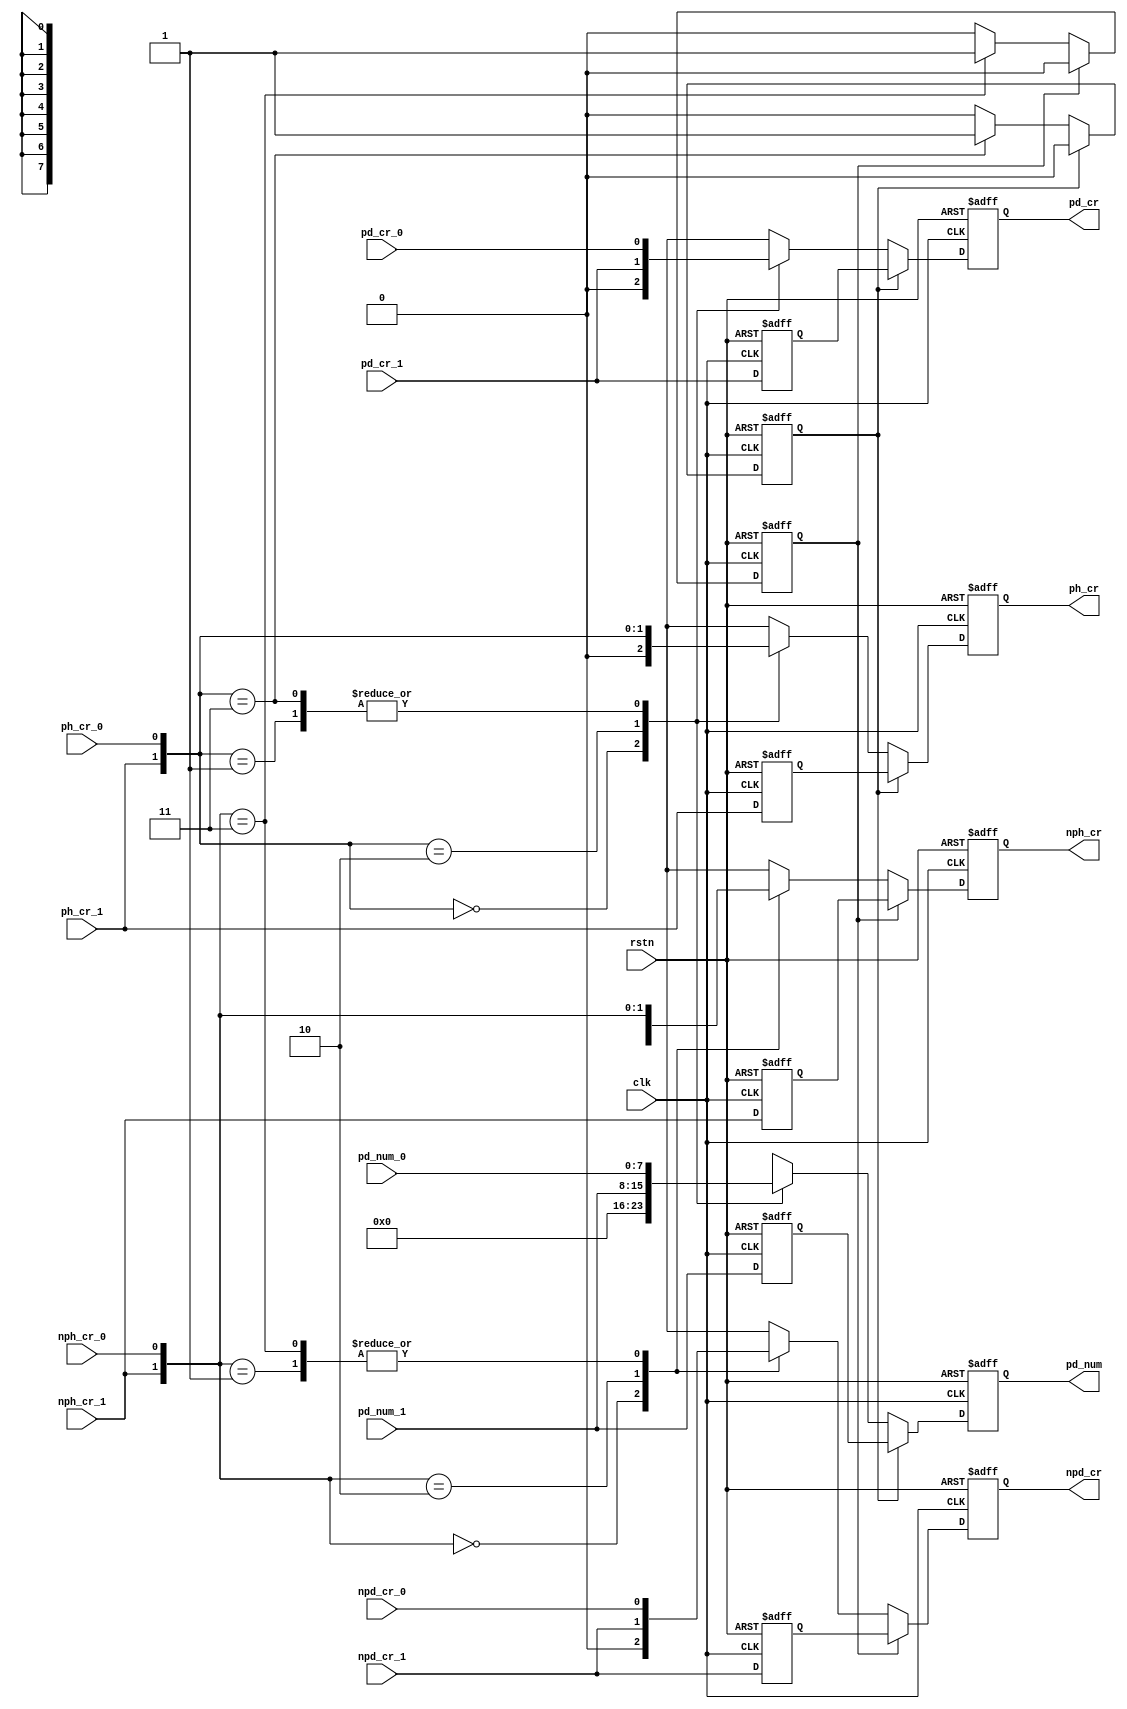
// $Id: ip_crpr_arb.v,v 1.1.1.1 2008/07/01 17:34:22 jfreed Exp $

module ip_crpr_arb(clk, rstn,               
                  pd_cr_0, pd_num_0, ph_cr_0, npd_cr_0, nph_cr_0,
                  pd_cr_1, pd_num_1, ph_cr_1, npd_cr_1, nph_cr_1,
                  pd_cr, pd_num, ph_cr, npd_cr, nph_cr
                  
);

input clk;
input rstn;

input pd_cr_0;
input [7:0] pd_num_0;
input ph_cr_0;
input npd_cr_0;
input nph_cr_0;

input pd_cr_1;
input [7:0] pd_num_1;
input ph_cr_1;
input npd_cr_1;
input nph_cr_1;

output pd_cr;
output [7:0] pd_num;
output ph_cr;
output npd_cr;
output nph_cr;

reg pd_cr;
reg [7:0] pd_num;
reg ph_cr;
reg npd_cr;
reg nph_cr;

reg pd_cr_1p;
reg [7:0] pd_num_1p;
reg ph_cr_1p;
reg npd_cr_1p;
reg nph_cr_1p;

reg del_p1, del_np1;

// This arbiter works on an assumption that there is at least 1 clock cycle of gap between credits
// The arbiter will select the port that is active.  If both are active it will delay port1 and use 
// that data on the next clock cycle.  

always @(posedge clk or negedge rstn)
begin
  if (~rstn)
  begin
    pd_cr <= 1'b0;
    pd_num <= 8'd0;
    ph_cr <= 1'b0;
    npd_cr <= 1'b0;
    nph_cr <= 1'b0;
    pd_cr_1p <= 1'b0;
    pd_num_1p <= 8'd0;
    ph_cr_1p <= 1'b0;
    npd_cr_1p <= 1'b0;
    nph_cr_1p <= 1'b0;
    del_p1 <= 1'b0;
    del_np1 <= 1'b0;
  end
  else
  begin
    pd_cr_1p <=  pd_cr_1;
    pd_num_1p <= pd_num_1;
    ph_cr_1p <=  ph_cr_1;
    npd_cr_1p <= npd_cr_1;
    nph_cr_1p <= nph_cr_1;
    
    if (del_p1)
    begin
      ph_cr <= ph_cr_1p;
      pd_cr <= pd_cr_1p;
      pd_num <= pd_num_1p;
      del_p1 <= 1'b0;      
    end
    else
    begin    
      case ({ph_cr_1, ph_cr_0})
      2'b00:
      begin
        ph_cr <= 1'b0;
        pd_cr <= 1'b0;
        pd_num <= 8'd0;
      end
      2'b01:
      begin
        ph_cr <= ph_cr_0;
        pd_cr <= pd_cr_0;
        pd_num <= pd_num_0;
        
      end
      2'b10:
      begin
        ph_cr <= ph_cr_1;
        pd_cr <= pd_cr_1;   
        pd_num <= pd_num_1; 
      end
      2'b11:
      begin
        ph_cr <= ph_cr_0;
        pd_cr <= pd_cr_0;
        pd_num <= pd_num_0;
        del_p1 <= 1'b1;
      end
      endcase
    end
  
    if (del_np1)
    begin
      nph_cr <= nph_cr_1p;
      npd_cr <= npd_cr_1p;
      del_np1 <= 1'b0;      
    end
    else
    begin    
      case ({nph_cr_1, nph_cr_0})
      2'b00:
      begin
        nph_cr <= 1'b0;
        npd_cr <= 1'b0;
      end
      2'b01:
      begin
        nph_cr <= nph_cr_0;
        npd_cr <= npd_cr_0;
      end
      2'b10:
      begin
        nph_cr <= nph_cr_1;
        npd_cr <= npd_cr_1;    
      end
      2'b11:
      begin
        nph_cr <= nph_cr_0;
        npd_cr <= npd_cr_0;
        del_np1 <= 1'b1;
      end
      endcase
    end 
  
    
  end // clk
end


endmodule